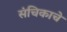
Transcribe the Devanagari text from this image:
संचिकाचे